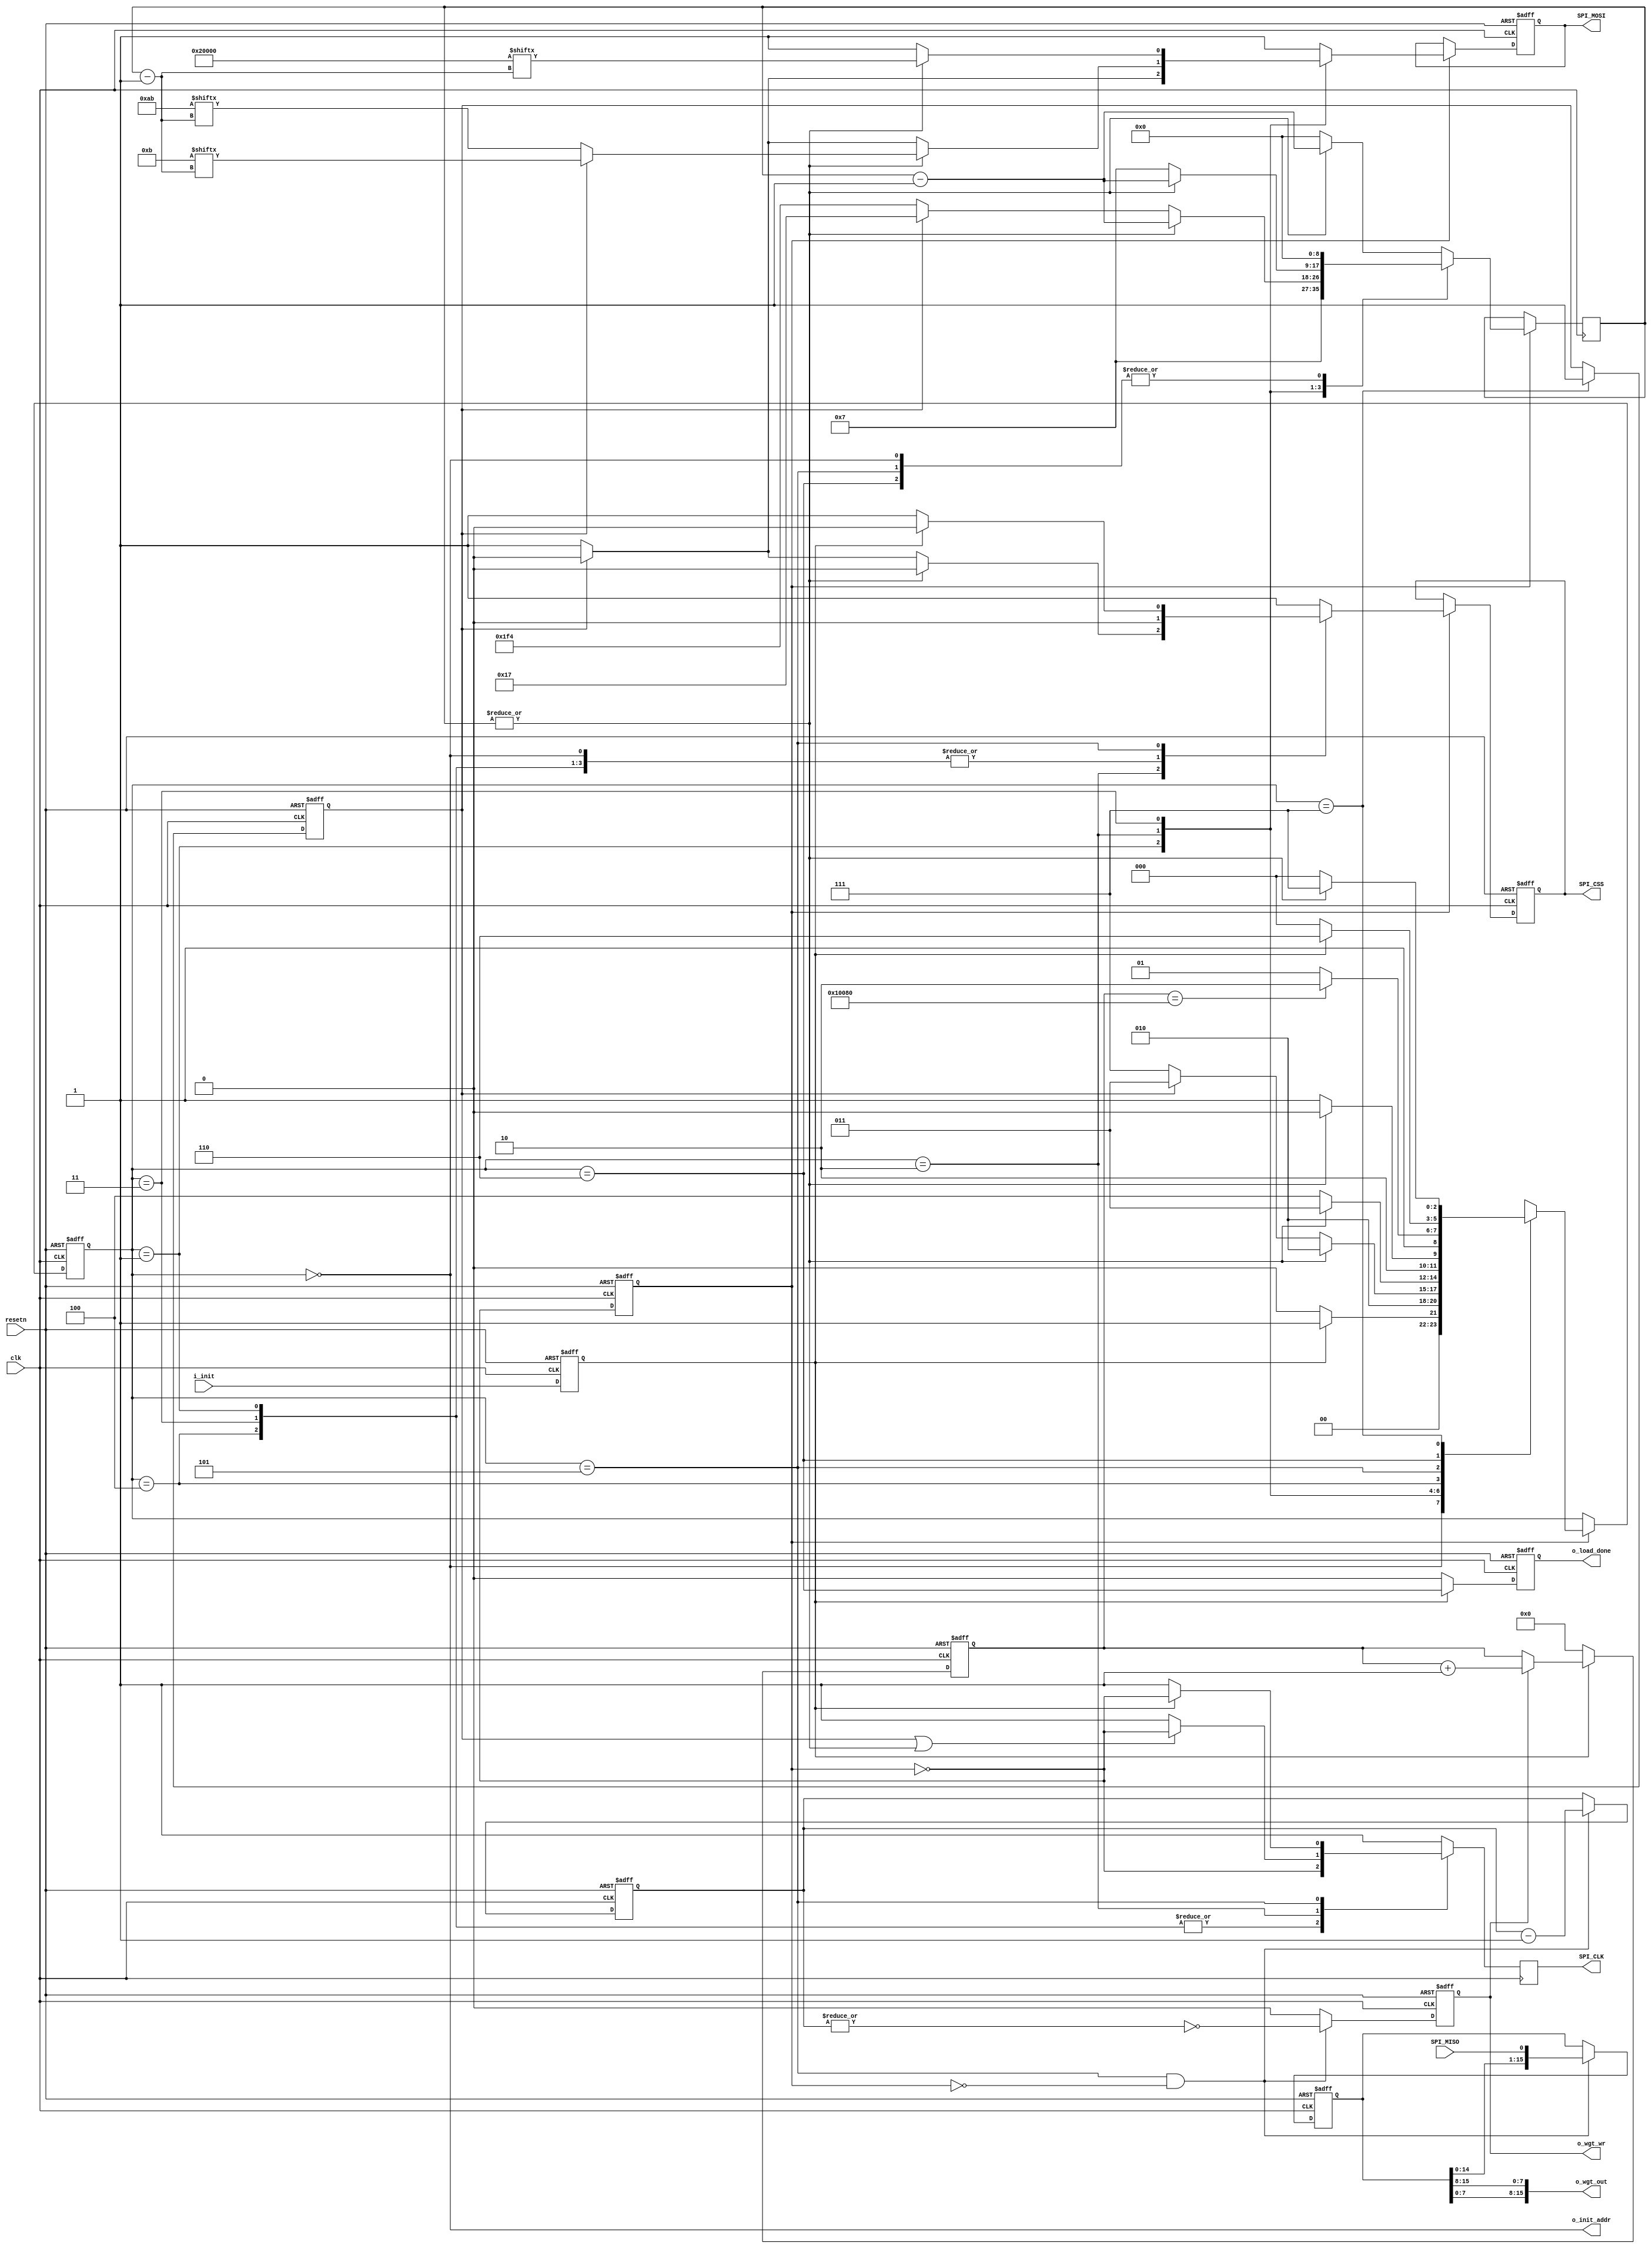

`timescale 1ns/10ps

module spi_loader_nomem (
input		resetn      , // 
input           clk         , // Clock (= RISC-V clock)
input           i_init      ,

// Filter Bank weight interfafe
output          o_init_addr ,
output          o_wgt_wr    ,
output [15:0]   o_wgt_out   ,

output reg      SPI_CSS     , // SPI I/F for flash access
output reg      SPI_CLK     , // 
input           SPI_MISO    , // 
output reg      SPI_MOSI    , // 

output reg      o_load_done
);
    //================================================================================
    // Parameters
    //================================================================================
    parameter DUMMY_CYCLE = 9'd7;
    parameter IDLE         =  3'd0,         // SPI access FSM
              PREP         =  3'd1,         //
              CMD          =  3'd2,         //
	      SADDR        =  3'd3,         //
	      DUMMY        =  3'd4,         //
	      RDBYTE       =  3'd5,         //
	      WAIT         =  3'd6,         //
	      WAIT10       =  3'd7;         // 10us wait for wake up from power down
    parameter NO_SCK       =  1'b1,         // OR mask for SCK
              ON_SCK       =  1'b0;         //
    parameter FAST_RD      =  8'h0b,        // Fast read flash command
              RLS_DPD      =  8'hab;        // Release from deep power-down
    parameter ST_ADDR      = 24'h020000;    // Starting address of ROM in flash

    reg        r_init;
    reg        prom_wr_en; // - IROM (PROM) write strobe
    reg [15:0] rom_data;   // 

    wire [16:0]   wd_size;

    //================================================================================
    // Internal signals
    //================================================================================
    reg  [2  : 0] cst, nst;
    reg  [8 : 0] cnt;
    reg           sck_msk, sck_msk_pe;
    reg  [3  : 0] bit_cnt;  // Accumulate 16b of data
    reg	 [16 : 0] wd_cnt;
    reg           en;
    reg           phase;

    reg	[2:0]	cst_d;
    reg	[2:0]	nst_d;

    always @(posedge clk or negedge resetn)
        if(!resetn) 
	    r_init <= 1'b0;
	else
	    r_init <= i_init;

    //================================================================================
    // Toggling "en" to make two cycle per state FSM
    // - FSM moves to next state if "en=1"
    //================================================================================
    always @(posedge clk or negedge resetn)
        if(!resetn) 
	    en <= 1'b0;
	else
	    en <= ~en;

    //================================================================================
    // Flash access FSM
    // - 9 cycles of dummy (not 8) for fast reading
    //================================================================================
    always @(posedge clk or negedge resetn)
        if     (!resetn      ) phase <= 1'b0; // Wake up phase
	else if(cst == WAIT10) phase <= 1'b1; // Read    phase

    always @(posedge clk or negedge resetn)
        if     (!resetn) 
	    cst <= IDLE;
	else if(en)
	    cst <= nst;

    always @(*)
        case(cst)
	IDLE   : nst = r_init ? PREP : IDLE;
	PREP   : nst =           CMD;
	CMD    : nst =  |cnt   ? CMD    : 
	                 phase ? SADDR  : WAIT10;
	SADDR  : nst = ~|cnt   ? DUMMY  : SADDR;
	DUMMY  : nst = ~|cnt   ? RDBYTE : DUMMY;
	RDBYTE : nst = (wd_cnt == wd_size) ? WAIT : RDBYTE;
	WAIT   : nst = r_init  ? WAIT : IDLE;
	WAIT10 : nst =  |cnt   ? WAIT10 : IDLE   ;
	default: nst =           PREP;
	endcase

    always @(posedge clk) // or negedge resetn)
//        if(!resetn) cnt <= 20'b0;
//	else 
	if(en)
	    case(cst)
	    IDLE   : cnt <=                  9'd00;         //  
	    PREP   : cnt <=                  9'd07;         //  8 bits  of CMD
	    CMD    : cnt <= |cnt   ? cnt - 9'd1 : 
	                     phase ? 9'd23  :               // 24 bits  of Start Address
			             9'd500  ;               // 10us+ delay after power up    
	    SADDR  : cnt <= |cnt   ? cnt - 9'd1 : DUMMY_CYCLE;  //  m bits  of DUMMY
	    DUMMY  : cnt <= |cnt   ? cnt - 9'd1 : 9'd0;  //  n bytes of data
	    RDBYTE : cnt <=                    9'd0;
	    WAIT   : cnt <=                    9'd0;
	    default: cnt <= |cnt   ? cnt - 9'd1 : 9'd0;
	    endcase

    //================================================================================
    // SPI signal generation 
    // - SPI_CSS is the CS_B
    //================================================================================
    always @(posedge clk or negedge resetn)
        if(!resetn) {SPI_CSS, SPI_MOSI} <= {1'b1, 1'b1};
	else if(en )
	    case(cst)
	    IDLE   : begin
		    SPI_CSS  <= 1'b0; 
		    SPI_MOSI  <= 1'b1;
		end
	    PREP   : begin
		    SPI_CSS  <= 1'b0;
		    SPI_MOSI  <= phase ? FAST_RD[7] : RLS_DPD[7];
		end
	    CMD    : if(|cnt) begin // Command
		    SPI_CSS  <= 1'b0; 
		    SPI_MOSI  <= phase ? FAST_RD[cnt-1] : RLS_DPD[cnt-1];
		end else begin      // S-Addr
		    SPI_CSS  <= phase ? 1'b0        : 1'b1; 
		    SPI_MOSI  <= phase ? ST_ADDR[23] : 1'b1;
		end
	    SADDR  : if(|cnt) begin // S-Addr
		    SPI_CSS  <= 1'b0;
		    SPI_MOSI  <= ST_ADDR[cnt-1];
		end else begin      // Dummy
		    SPI_CSS  <= 1'b0; 
		    SPI_MOSI  <= 1'b1; // Dummy
		end
	    DUMMY  : if(|cnt) begin // Dummy
		    SPI_CSS  <= 1'b0;
		    SPI_MOSI  <= 1'b1;
		end else begin      // Read byte
		    SPI_CSS  <= 1'b0; 
		    SPI_MOSI  <= 1'b1; // Don't care
		end
	    RDBYTE : if(r_init) begin // Read byte
		    SPI_CSS  <= 1'b0;
		    SPI_MOSI  <= 1'b1;
		end else begin   
		    SPI_CSS  <= 1'b1;
		    SPI_MOSI  <= 1'b1;
		end
	    WAIT   : {SPI_CSS, SPI_MOSI} <= {1'b1, 1'b1};
	    default: {SPI_CSS, SPI_MOSI} <= {1'b1, 1'b1};
	    endcase

    always @(posedge clk)// or negedge resetn)
        //if(!resetn) SPI_CLK <= 1'b1;
	//else 
	    case(cst)
		PREP, SADDR, DUMMY  : SPI_CLK <= ~en;
		CMD                 : SPI_CLK <= phase || |cnt ? ~en : 1'b1;
		RDBYTE              : SPI_CLK <= (r_init) ? ~en : 1'b1;
		default             : SPI_CLK <= 1'b1;
		endcase

    //================================================================================
    // SPSRAM access (write) FSM
    // - Direct access using rom_acc, prom_wr_en, and rom_data (16b)
    // - If rom_acc & prom_wr_en, rom_data is written to SPSRAM at every cycle w/
    //   auto increased address
    //================================================================================
    always @(posedge clk or negedge resetn)
        if(!resetn) begin
	    bit_cnt    <= 4'd15;
	    prom_wr_en <=  1'b0;
	    rom_data   <= 16'b0;
	end else if(cst == RDBYTE && !en) begin
	    bit_cnt    <= bit_cnt - 4'd1;
	    prom_wr_en <= (~|bit_cnt); 
	    rom_data   <= {rom_data[14 : 0], SPI_MISO};
	end else begin
	    prom_wr_en <=  1'b0;
	end

    always @(posedge clk or negedge resetn)
        if(!resetn)
	    wd_cnt  <= 17'b0;
	else if(!r_init)
	    wd_cnt  <= 17'b0;
	else if(prom_wr_en)
	    wd_cnt  <= wd_cnt + 17'd1;

    always @(posedge clk or negedge resetn)
        if(!resetn)
	    o_load_done <= 1'b0;
	else if(!r_init)
	    o_load_done <= 1'b0;
	else
	    o_load_done <= (cst == WAIT);

assign o_init_addr  = (cst == IDLE);

assign o_wgt_wr = prom_wr_en;
assign o_wgt_out = {rom_data[7:0], rom_data[15:8]};


assign wd_size = 17'd128 + 17'd65536;


endmodule
//================================================================================
// End of file
//================================================================================

// vim: ts=8 sw=4